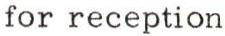
for reception